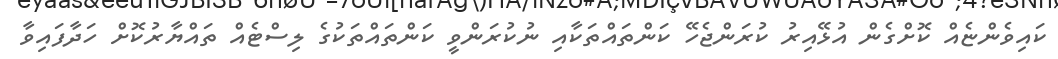
ކައިވެންޏެއް ކޮށްގެން އުޅޭއިރު ކުރަންޖެހޭ ކަންތައްތަކާއި ނުކުރަންވީ ކަންތައްތަކުގެ ލިސްޓެއް ތައްޔާރުކޮށް ހަދާފައިވާ